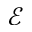
\mathcal E